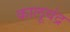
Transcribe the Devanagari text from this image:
कालूचंद्र